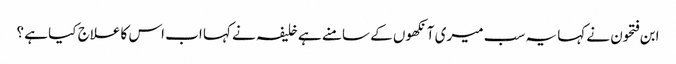
ابن فتحون نے کہا یہ سب میری آنکھوں کے سامنے ہے خلیفہ نے کہا اب اس کا علاج کیا ہے ؟